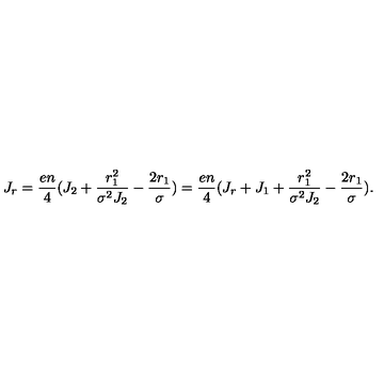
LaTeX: J _ { r } = { \frac { e n } { 4 } } ( J _ { 2 } + { \frac { r _ { 1 } ^ { 2 } } { \sigma ^ { 2 } J _ { 2 } } } - { \frac { 2 r _ { 1 } } { \sigma } } ) = { \frac { e n } { 4 } } ( J _ { r } + J _ { 1 } + { \frac { r _ { 1 } ^ { 2 } } { \sigma ^ { 2 } J _ { 2 } } } - { \frac { 2 r _ { 1 } } { \sigma } } ) .